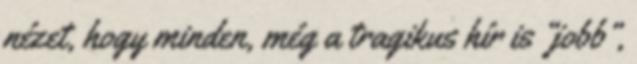
nézet, hogy minden, még a tragikus hír is “jobb”,